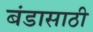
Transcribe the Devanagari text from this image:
बंडासाठी